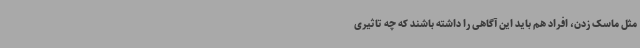
مثل ماسک زدن، افراد هم باید این آگاهی را داشته باشند که چه تاثیری